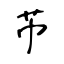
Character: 芇